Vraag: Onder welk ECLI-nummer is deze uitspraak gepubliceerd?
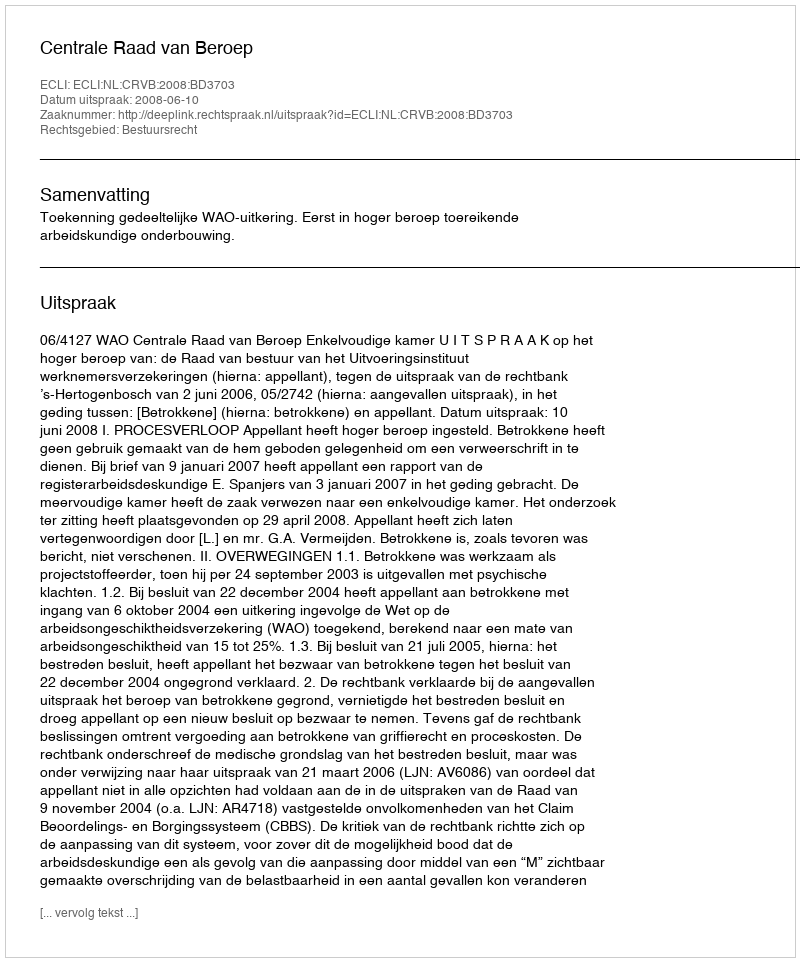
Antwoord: ECLI:NL:CRVB:2008:BD3703